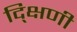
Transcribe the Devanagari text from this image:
द्क्षिणी